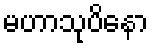
မဟာသုပိနော